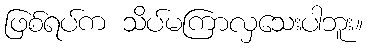
ဖြစ်ရပ်က သိပ်မကြာလှသေးပါဘူး။